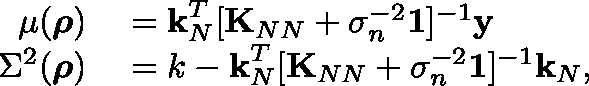
\begin{array} { r l } { \mu ( \boldsymbol { \mathbf { \rho } } ) } & { { } = \boldsymbol { \mathbf { k } } _ { N } ^ { T } [ \boldsymbol { \mathbf { K } } _ { N N } + \sigma _ { n } ^ { - 2 } \boldsymbol { \mathbf { \mathbb { 1 } } } ] ^ { - 1 } \boldsymbol { \mathbf { y } } } \\ { \Sigma ^ { 2 } ( \boldsymbol { \mathbf { \rho } } ) } & { { } = k - \boldsymbol { \mathbf { k } } _ { N } ^ { T } [ \boldsymbol { \mathbf { K } } _ { N N } + \sigma _ { n } ^ { - 2 } \boldsymbol { \mathbf { \mathbb { 1 } } } ] ^ { - 1 } \boldsymbol { \mathbf { k } } _ { N } , } \end{array}